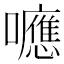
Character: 𡄖